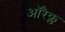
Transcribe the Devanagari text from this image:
ऑरैक्ल